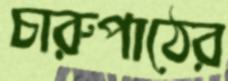
চারুপাঠের